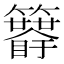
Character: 𥷯